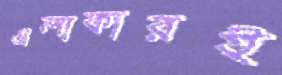
এলাকারই